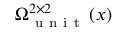
\Omega _ { \mathrm { ~ u ~ n ~ i ~ t ~ } } ^ { 2 \times 2 } \left( \boldsymbol { x } \right)